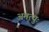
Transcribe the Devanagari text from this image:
अमृत्युः